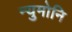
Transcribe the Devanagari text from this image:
न्युमोनि